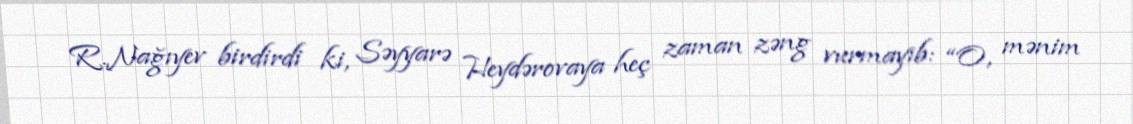
R.Nağıyev birdirdi ki, Səyyarə Heydərovaya heç zaman zəng vurmayıb: “O, mənim